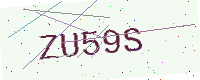
Text: ZU59S